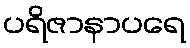
ပရိဇာနာပရေ